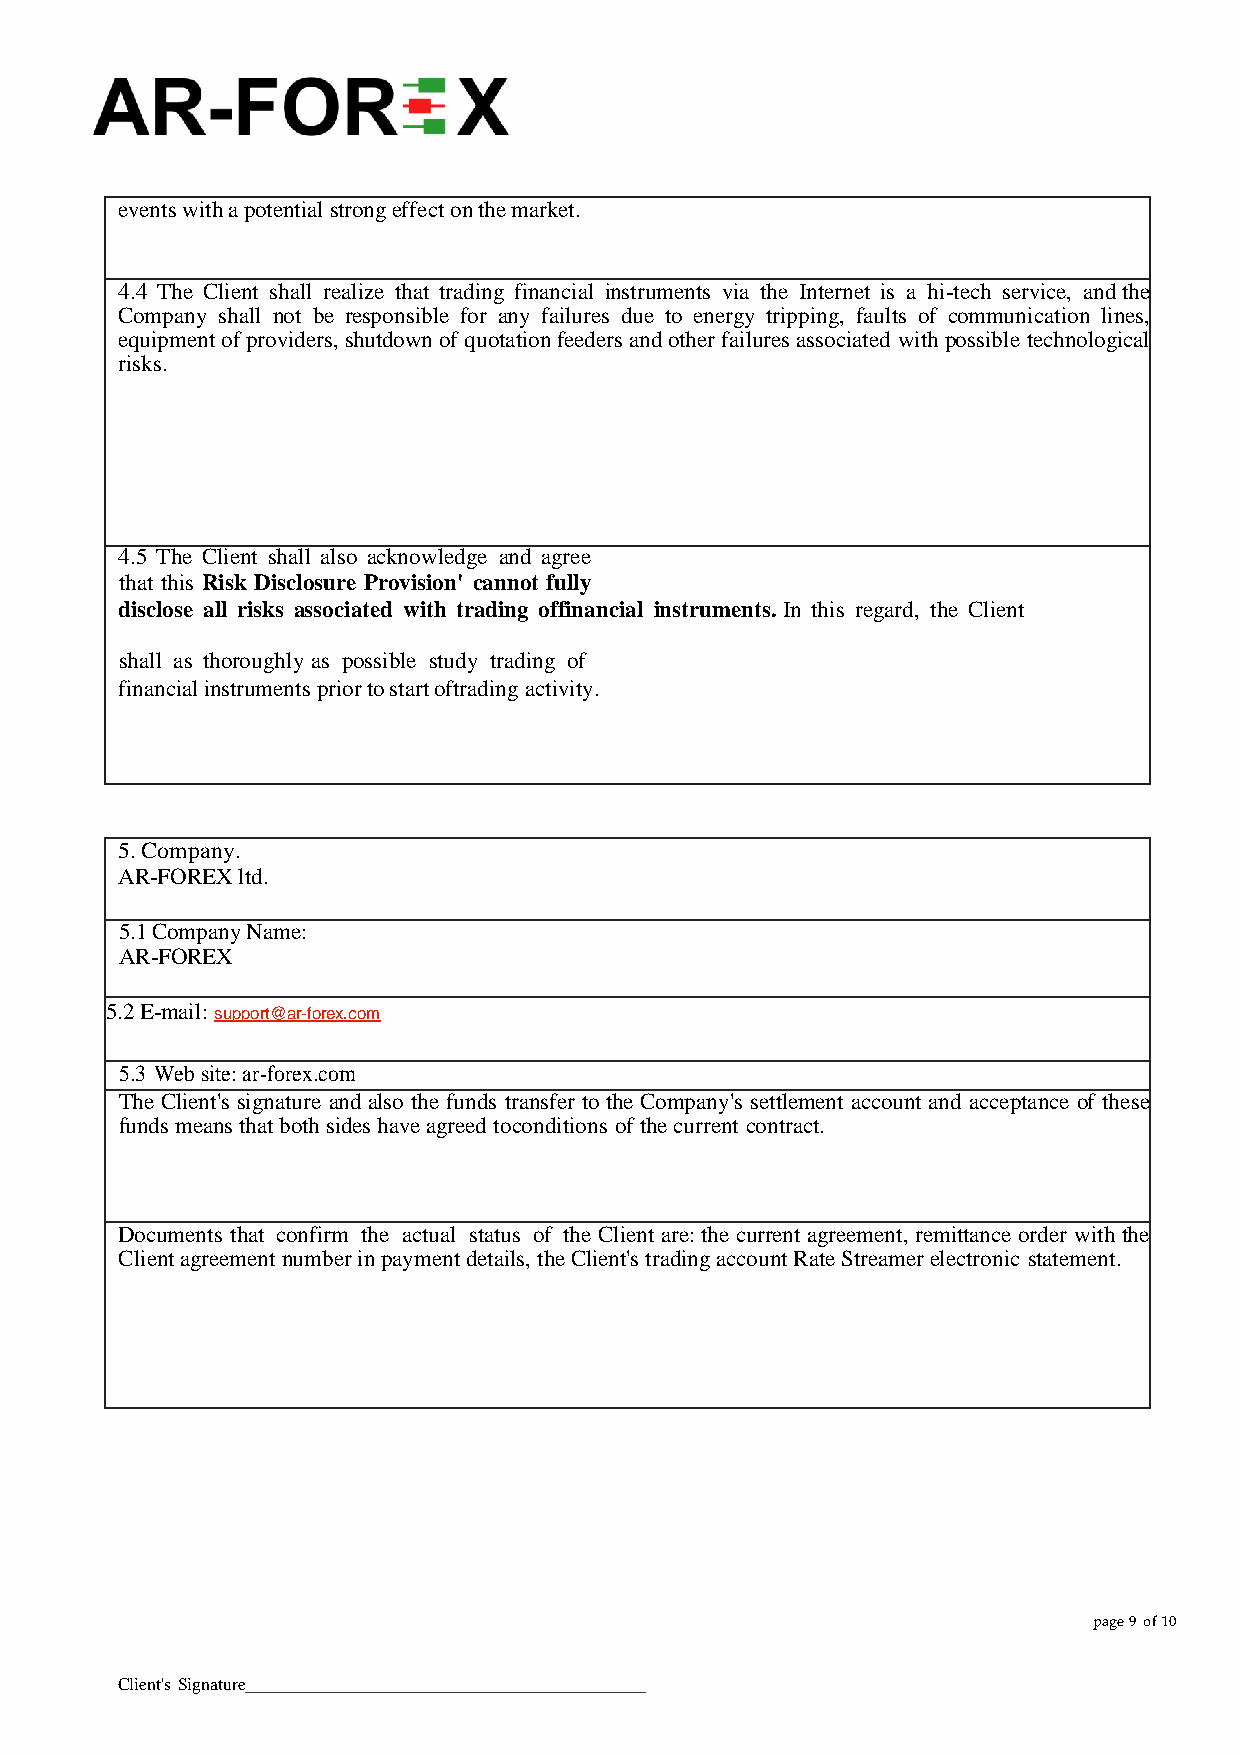
events with a potential strong effect on the market.
 4.4 The Client shall realize that trading financial instruments via the Internet is a hi-tech service, and the
 Company shall not be responsible for any failures due to energy tripping, faults of communication lines,
 equipment of providers, shutdown of quotation feeders and other failures associated with possible technological
 risks.
 4.5 The Client shall also acknowledge and agree
 that this Risk Disclosure Provision' cannot fully
 disclose all risks associated with trading of financial instruments. In this regard, the Client
 shall as thoroughly as possible study trading of
 financial instruments prior to start of trading activity.
 5. Company.
 AR-FOREX ltd.
 5.1 Company Name:
 AR-FOREX
  5.2 E-mail: support@ar-forex.com
 5.3 Web site: ar-forex.com
 The Client's signature and also the funds transfer to the Company's settlement account and acceptance of these
 funds means that both sides have agreed to conditions of the current contract.
 Documents that confirm the actual status of the Client are: the current agreement, remittance order with the
 Client agreement number in payment details, the Client's trading account Rate Streamer electronic statement.
 page 9 of 10
 Client's Signature